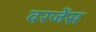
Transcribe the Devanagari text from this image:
वरजेंस